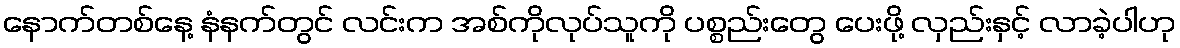
နောက်တစ်နေ့ နံနက်တွင် လင်းက အစ်ကိုလုပ်သူကို ပစ္စည်းတွေ ပေးဖို့ လှည်းနှင့် လာခဲ့ပါဟု